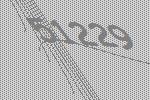
51229